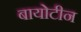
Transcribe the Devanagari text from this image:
बायोटीन